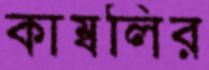
কাম্বলির